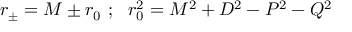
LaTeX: r _ { \pm } = M \pm r _ { 0 } \ ; \ \ r _ { 0 } ^ { 2 } = M ^ { 2 } + D ^ { 2 } - P ^ { 2 } - Q ^ { 2 }